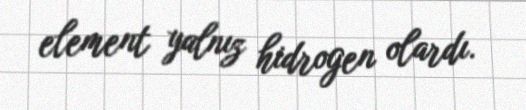
element yalnız hidrogen olardı.